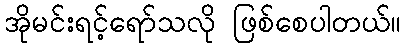
အိုမင်းရင့်ရော်သလို ဖြစ်စေပါတယ်။